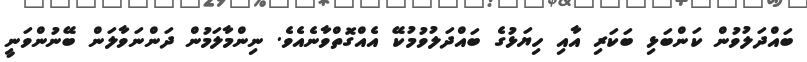
ބައްދަލުވުން ކަންބަޅި ބަކަރި އާއި ހިޔަޅުގެ ބައްދަލުވުމުކޭ އެއްގޮތްވާނެއެވެ. ނިންމާލަމުން ދަންނަވާލަން ބޭނުންވަނީ